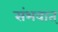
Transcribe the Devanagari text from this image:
संभवात्‌